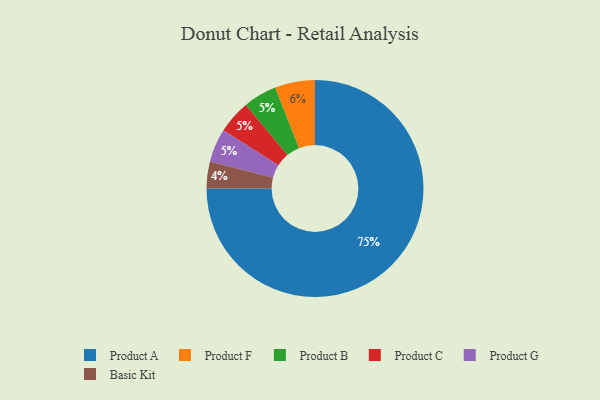
{"axis": {"x": "Category", "y": "Percentage"}, "legend": ["Basic Kit", "Product A", "Product B", "Product C", "Product F", "Product G"], "data": [{"x": "Product A", "y": 75, "type": "Product A"}, {"x": "Product B", "y": 5, "type": "Product B"}, {"x": "Basic Kit", "y": 4, "type": "Basic Kit"}, {"x": "Product C", "y": 5, "type": "Product C"}, {"x": "Product G", "y": 5, "type": "Product G"}, {"x": "Product F", "y": 6, "type": "Product F"}]}